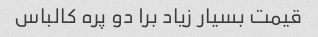
قیمت بسیار زیاد برا دو پره کالباس